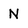
Character: N